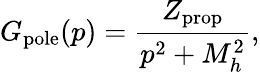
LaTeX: G_{\mathrm{pole}}(p)=\frac{Z_{\mathrm{prop}}}{p^{2}+M_{h}^{2}},